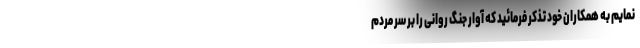
نمایم به همکاران خود تذکر فرمائید که آوار جنگ روانی را بر سر مردم